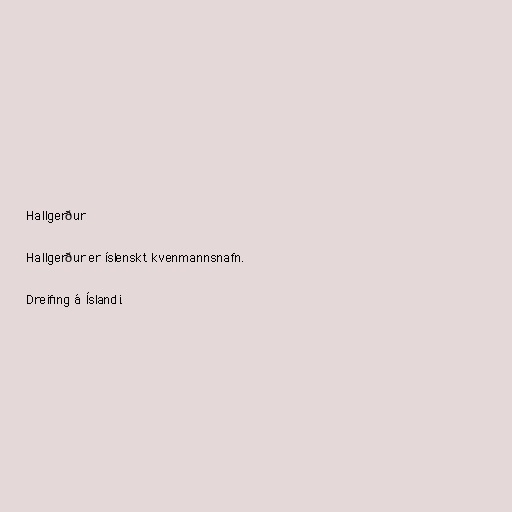
Hallgerður

Hallgerður er íslenskt kvenmannsnafn.

Dreifing á Íslandi.